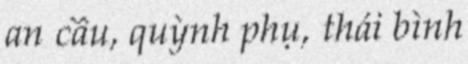
an cầu, quỳnh phụ, thái bình